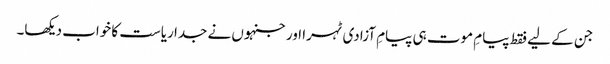
جن کے لیے فقط پیامِ موت ہی پیامِ آزادی ٹہرا اورجنہوں نے جدا ریاست کا خواب دیکھا۔